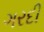
ગરદી